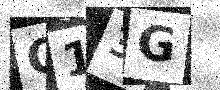
Text: C13G